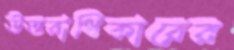
উত্তরাধিকারের